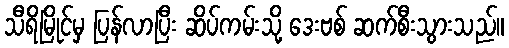
သီရိမြိုင်မှ ပြန်လာပြီး ဆိပ်ကမ်းသို့ ဒေးဗစ် ဆက်စီးသွားသည်။